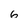
Character: 6